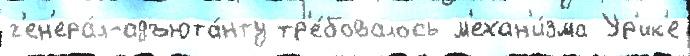
г'ен'ера́л-адъюта́нту тр'е́бовалось м'ехан'и́зма Ур'ик'е